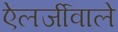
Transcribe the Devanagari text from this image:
ऐलर्जीवाले